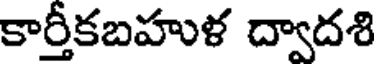
కార్తీకబహుళ ద్వాదశి